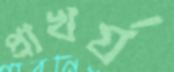
প্রাখর্য